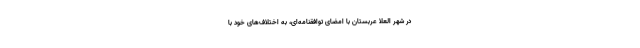
در شهر العُلا عربستان با امضای توافقنامه‌ای، به اختلاف‌های خود با